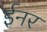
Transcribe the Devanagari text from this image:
ईनर